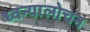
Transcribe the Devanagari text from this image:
ध्वन्यालोचन